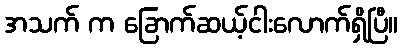
အသက် က ခြောက်ဆယ့်ငါးလောက်ရှိပြီ။